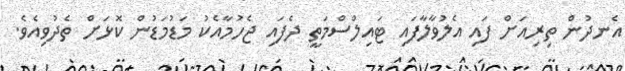
އެނދުން ތިރިއަށް ފައި އެލުވާލާފައި ޓައިލްސްމަތީ ދެފައި ޖެހުމާއެކު މަޑުމަޑުން ކޮޅަށް ތެދުވިއެވެ.